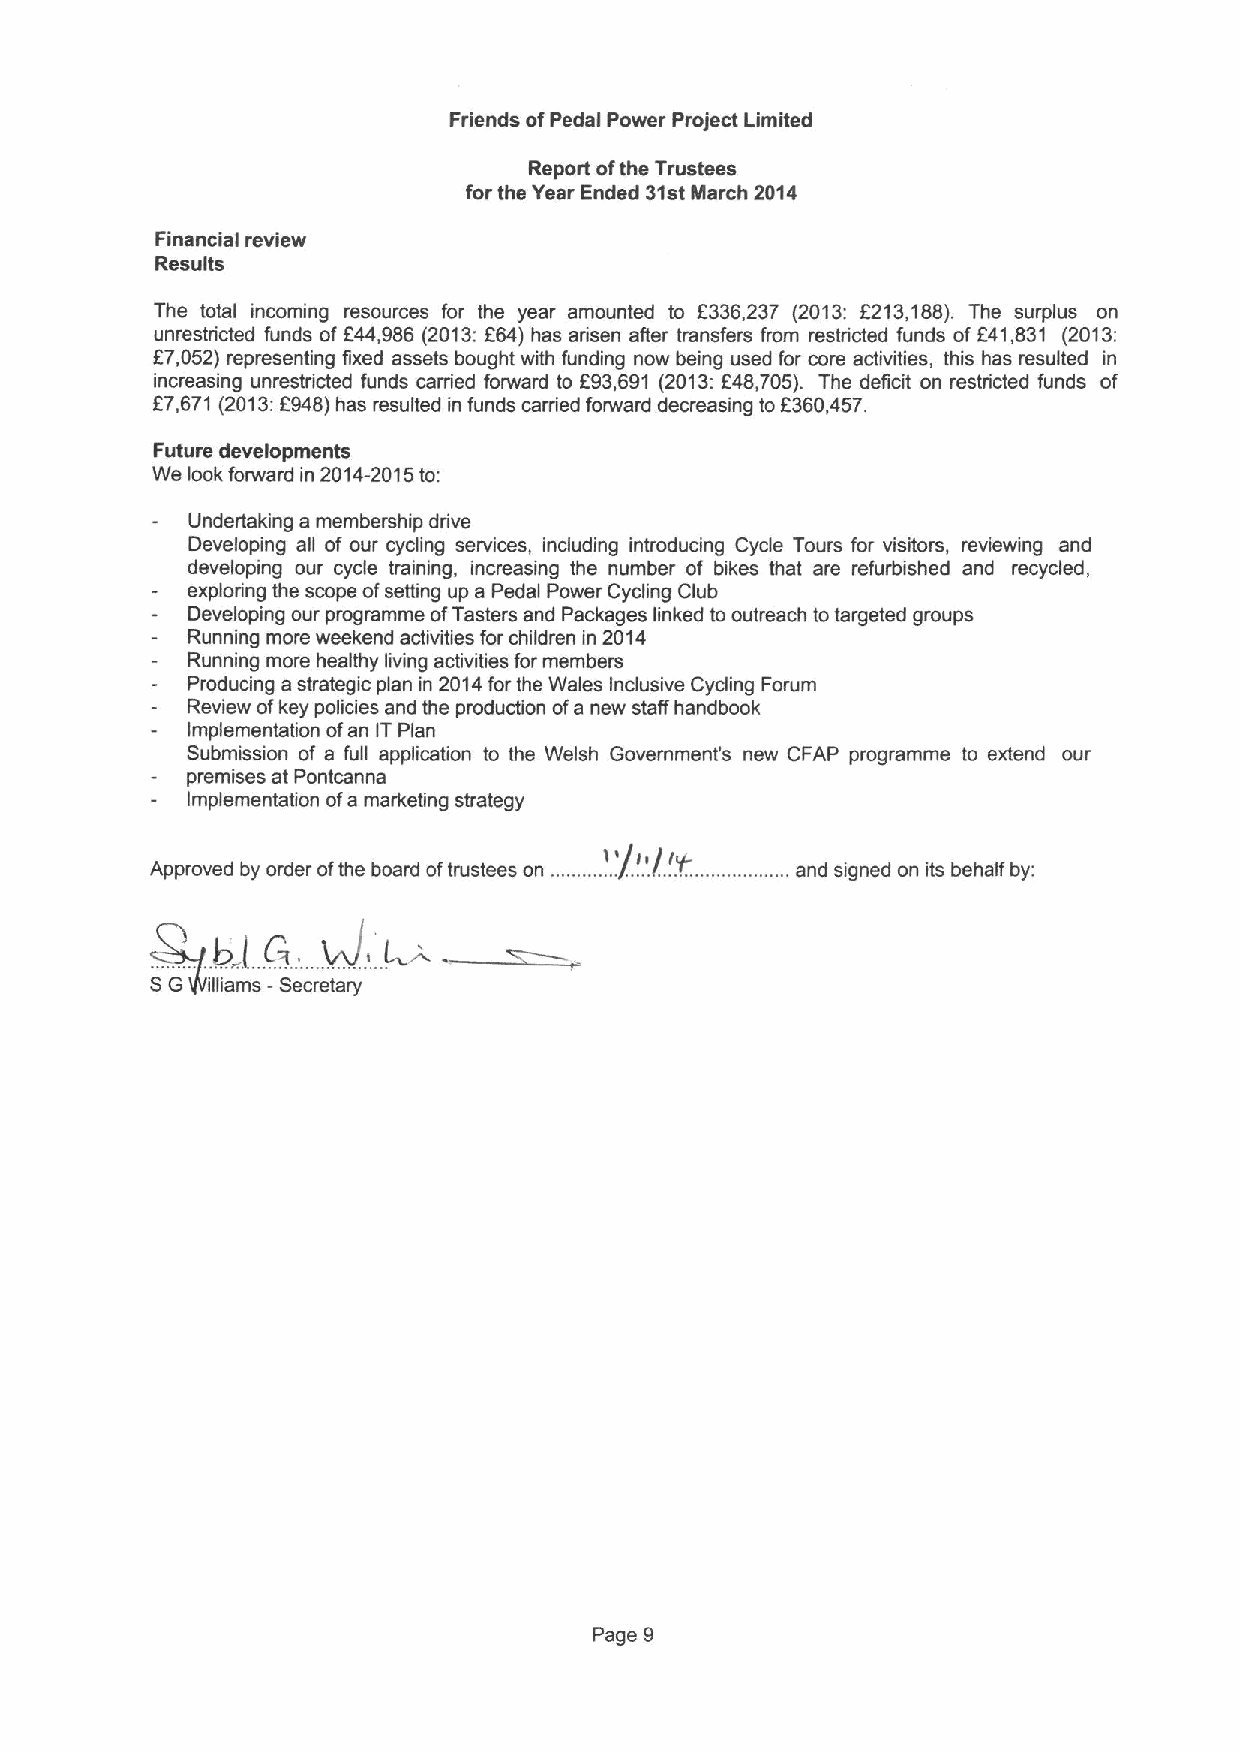
Friends ofPedal Power Project Limited
 Report ofthe Trustees
 for the Year Ended 31stMarch 2014
 Financial review
 Results
 The total incoming resources for the year amounted to K336,237 (2013: 6213,188). The surplus on
 unrestricted funds of F44,986 (2013:f64) has arisen after transfers from restricted funds of 641,831 (2013:
 67,052) representing fixed assets bought with funding now being used for core activities, this has resulted in
 increasing unrestricted funds carried forward to 693,691 (2013:f48,705). The deficit on restricted funds of
 f
 7,671 (2013:6948)has resulted in funds carried fonvard decreasing to6360,457.
 Future developments
 We look forward in 2014-2015to:
 Undertaking a membership drive
 Developing all of our cycling services, including introducing Cycle Tours for visitors, reviewing and
 developing our cycle training, increasing the number of hikes that are refurbished and recycled,
 exploring the scope ofsetting up a Pedal Power Cycling Club
 Developing our programme ofTasters and Packages linked to outreach totargeted groups
 Running more weekend activities for children in 2014
 Running more healthy living activities formembers
 Producing a strategic plan in 2014forthe Wales Inclusive Cycling Forum
 Review ofkey policies and the production ofa new staff handbook
 Implementation ofan ITPlan
 Submission of a full application to the Welsh Government's new CFAP programme to extend our
 premises at Pontcanna
 Implementation ofa marketing strategy
 I'
 Approved by order ofthe board oftrustees on ............./.....I....Y........ ...and signed on its behalf by:
 .
 vJ,
 b I,(~.    , L
 SG  illiams -Secretary
 Page 9